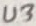
Text: U3